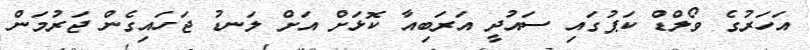
އަހަރުގެ ވޯލްޑް ކަޕުގައި ސައުދީ އަރަބިއާ ކޮޅަށް އަށް ލަނޑު ޖަހައިގެން ޖަރުމަން